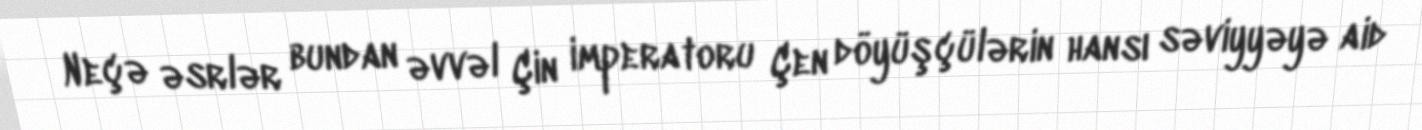
Neçə əsrlər bundan əvvəl Çin imperatoru Çen döyüşçülərin hansı səviyyəyə aid